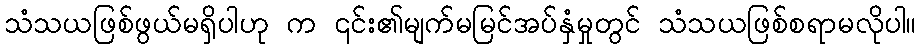
သံသယဖြစ်ဖွယ်မရှိပါဟု က ၎င်း၏မျက်မမြင်အပ်နှံမှုတွင် သံသယဖြစ်စရာမလိုပါ။